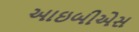
આઇબીએસ